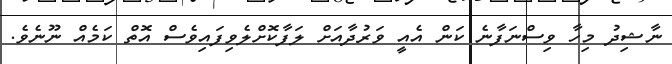
ނާޝިދު މިހާ ވިސްނަފާނެ ކަން އެއީ ވަރުދާއަށް ލަފާކޮށްލެވިފައިވެސް އޮތް ކަމެއް ނޫނެވެ.